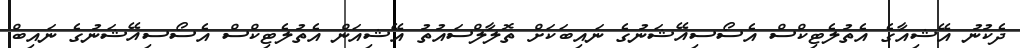
ދެކުނު އޭޝިއާގެ އެތުލެޓިކްސް އެސޯސިއޭޝަނުގެ ނައިބަކަށް ތޮލާލްސައުތު އޭޝިއަން އެތުލެޓިކްސް އެސޯސިއޭޝަނުގެ ނައިބް